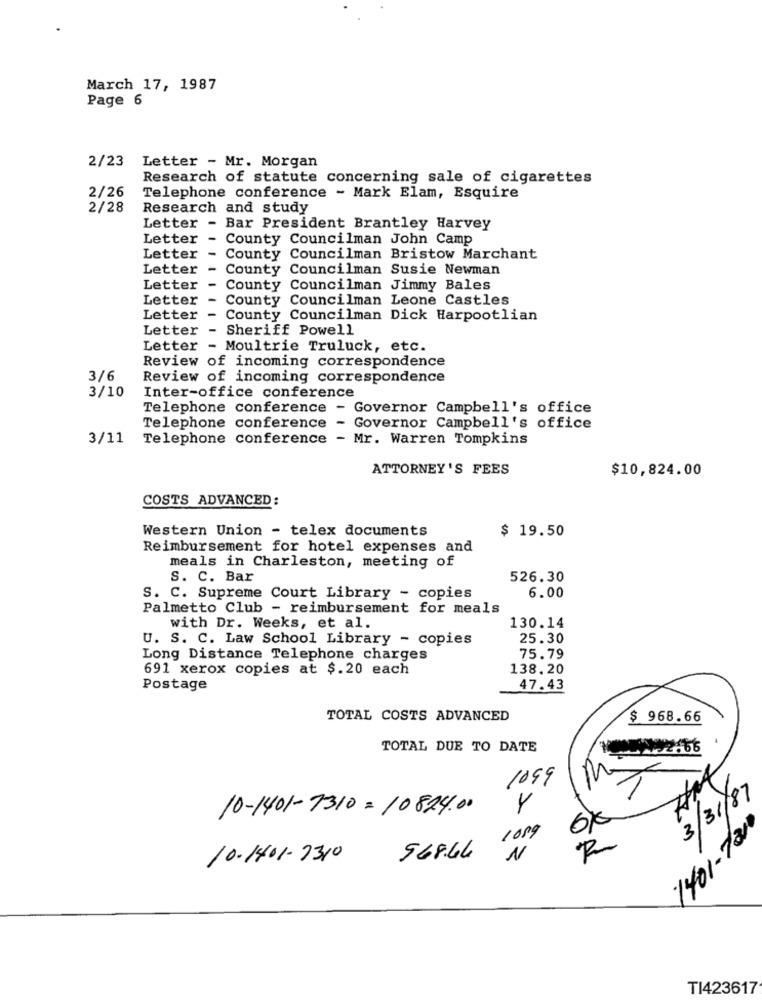
March 17, 1987
Page 6
2/23
Letter - Mr. Morgan
Research of statute concerning sale of cigarettes
2/26
Telephone conference - Mark Elam, Esquire
2/28
Research and study
Letter - Bar President Brantley Harvey
Letter
- County Councilman John Camp
Letter
- County Councilman Bristow Marchant
Letter
- County Councilman Susie Newman
Letter
- County Councilman Jimmy Bales
Letter
County Councilman Leone Castles
Letter
County Councilman Dick Harpootlian
Letter
Sheriff Powell
Letter - Moultrie Truluck, etc.
Review of incoming correspondence
3/6
Review of incoming correspondence
Inter-office conference
3/10
Telephone conference - Governor Campbell's office
Telephone conference - Governor Campbell's office
3/11
Telephone conference - Mr. Warren Tompkins
ATTORNEY'S FEES
$10,824.00
COSTS ADVANCED:
Western Union - telex documents
$ 19.50
Reimbursement for hotel expenses and
meals in Charleston, meeting of
S. C. Bar
526.30
S. C. Supreme Court Library - copies
6.00
Palmetto Club - reimbursement for meals
with Dr. Weeks, et al.
130.14
U. S. C. Law School Library - copies
25.30
Long Distance Telephone charges
75.79
691 xerox copies at $.20 each
138.20
Postage
47.43
TOTAL COSTS ADVANCED
$ 968.66
TOTAL DUE TO DATE
4/
1099
3/31/87
10-1401-7310=10824.00
Y
1089
1401-731
10-1401-7310
968.44
N
TI423617